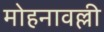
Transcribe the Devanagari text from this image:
मोहनावल्ली